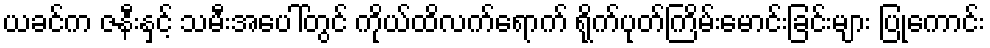
ယခင်က ဇနီးနှင့် သမီးအပေါ်တွင် ကိုယ်ထိလက်ရောက် ရိုက်ပုတ်ကြိမ်းမောင်းခြင်းများ ပြုကောင်း